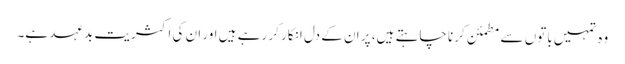
وہ تمہیں باتوں سے مطمئن کرنا چاہتے ہیں، پر ان کے دل انکار کر رہے ہیں اور ان کی اکثریت بدعہد ہے۔